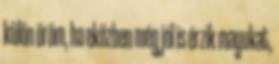
külön öröm, ha eközben még jól is érzik magukat,